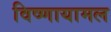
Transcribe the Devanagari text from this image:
विष्णायामल